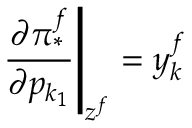
\left. { \frac { \partial \pi _ { * } ^ { f } } { \partial p _ { k _ { 1 } } } } \right| _ { z ^ { f } } = y _ { k } ^ { f }